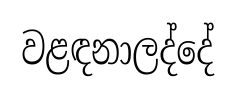
වළඳනාලද්දේ